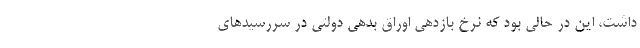
داشت، این در حالی بود که نرخ بازدهی اوراق بدهی دولتی در سررسیدهای